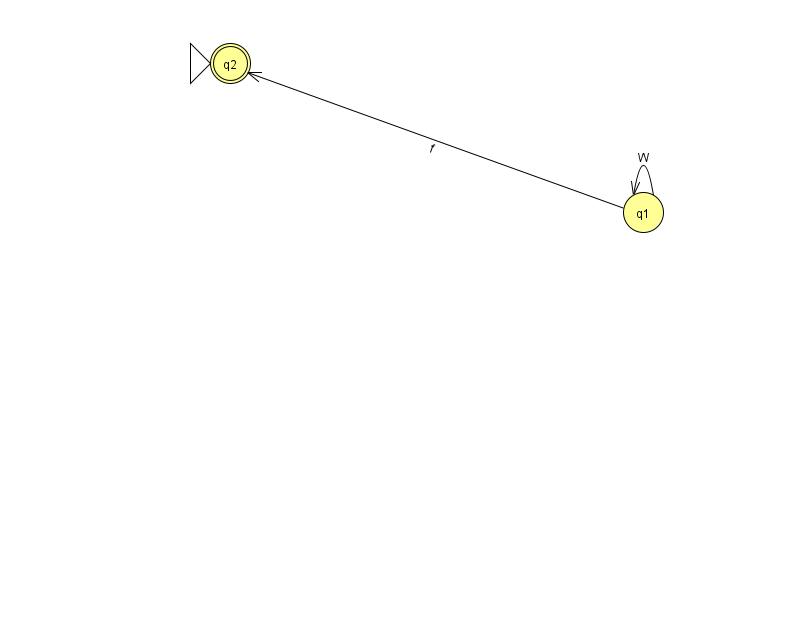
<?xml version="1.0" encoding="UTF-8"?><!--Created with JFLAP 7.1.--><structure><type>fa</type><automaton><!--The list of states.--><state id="1" name="q1"><x>643.0</x><y>199.0</y></state><state id="2" name="q2"><x>230.0</x><y>50.0</y><initial/><final/></state><!--The list of transitions.--><transition><from>1</from><to>2</to><read>f</read></transition><transition><from>1</from><to>1</to><read>W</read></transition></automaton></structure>